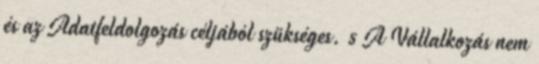
és az Adatfeldolgozás céljából szükséges. 5 A Vállalkozás nem